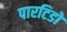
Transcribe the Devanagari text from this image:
पारटिडो